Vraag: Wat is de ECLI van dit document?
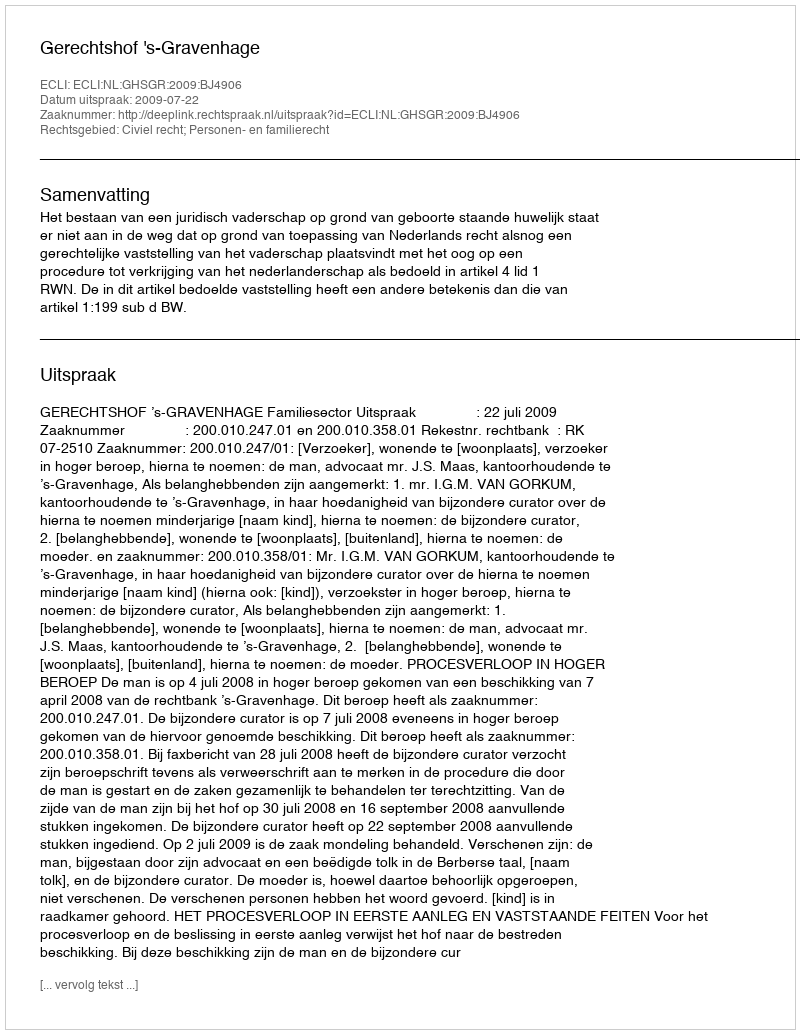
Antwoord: ECLI:NL:GHSGR:2009:BJ4906